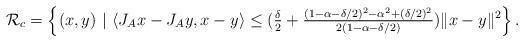
LaTeX: \begin{align*}\mathcal{R}_c = \left\{(x,y)~|~\langle J_Ax-J_Ay,x-y\rangle\leq(\tfrac{\delta}{2}+\tfrac{(1-\alpha-\delta/2)^2-\alpha^2+(\delta/2)^2}{2(1-\alpha-\delta/2)})\|x-y\|^2\right\}.\end{align*}